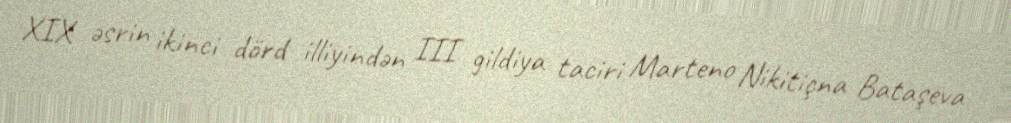
XIX əsrin ikinci dörd illiyindən III gildiya taciri Marteno Nikitiçna Bataşeva